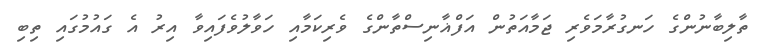
ތާލިބާނުންގެ ހަނގުރާމަވެރި ޖަމާއަތުން އަފްޣާނިސްތާންގެ ވެރިކަމާއި ހަވާލުވެފައިވާ އިރު އެ ގައުމުގައި ތިބި